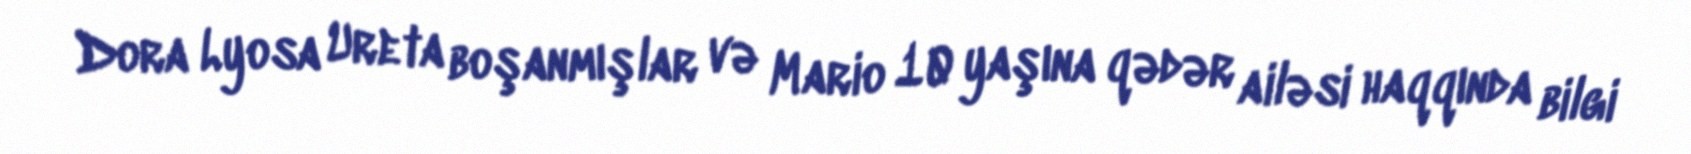
Dora Lyosa Ureta boşanmışlar və Mario 10 yaşına qədər ailəsi haqqında bilgi